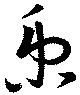
秉